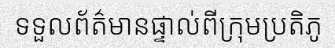
ទទួលព័ត៌មានផ្ទាល់ពីក្រុមប្រតិភូ